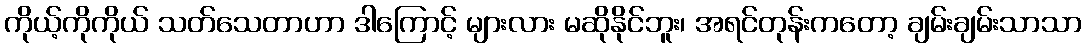
ကိုယ့်ကိုကိုယ် သတ်သေတာဟာ ဒါကြောင့် များလား မဆိုနိုင်ဘူး၊ အရင်တုန်းကတော့ ချမ်းချမ်းသာသာ